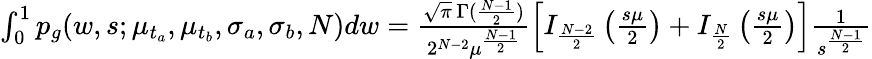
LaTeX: \begin{array}{r}{\int_{0}^{1}p_{g}(w,s;\mu_{t_{a}},\mu_{t_{b}},\sigma_{a},\sigma_{b},N)dw=\frac{\sqrt{\pi}\, \Gamma(\frac{N-1}{2})}{2^{N-2}\mu^{\frac{N-1}{2}}}\left[I_{\frac{N-2}{2}}\left(\frac{s\mu}{2}\right)+I_{\frac{N}{2}}\left(\frac{s\mu}{2}\right)\right]\frac{1}{s^{\frac{N-1}{2}}}}\end{array}